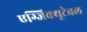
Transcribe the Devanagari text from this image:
एग्जिक्यूटेबल